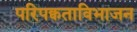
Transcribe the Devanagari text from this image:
परिपक्वताविभाजन